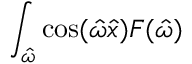
\int _ { \hat { \omega } } \cos ( \hat { \omega } \hat { x } ) F ( \hat { \omega } )